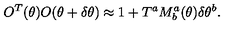
O ^ { T } ( \theta ) O ( \theta + \delta \theta ) \approx 1 + T ^ { a } M _ { b } ^ { a } ( \theta ) \delta \theta ^ { b } .